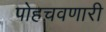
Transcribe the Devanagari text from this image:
पोहचवणारी